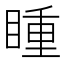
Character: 𭿍